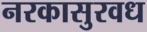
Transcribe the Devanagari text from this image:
नरकासुरवध